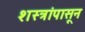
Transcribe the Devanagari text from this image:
शस्त्रांपासून